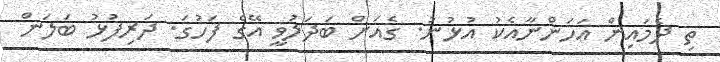
ތި ދެމައިން އަހަންނާއެކު އުޅުނު. ގެއަށް ބަދަލުވީ އޭގެ ފަހުގަ. ދަރިފުޅު ބަލަން